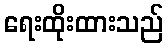
ရေးထိုးထားသည်